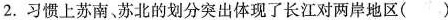
2.习惯上苏南苏北的划分突出体现了长江对两岸地区( )